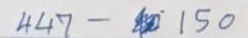
447 - 150